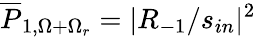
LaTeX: \overline{{P}}_{1,\Omega+\Omega_{r}}=|R_{-1}/s_{in}|^{2}